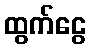
ထွက်ငွေ